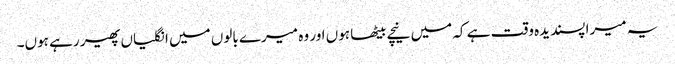
یہ میرا پسندیدہ وقت ہے کہ میں نیچے بیٹھا ہوں اور وہ میرے بالوں میں انگلیاں پھیر رہے ہوں۔